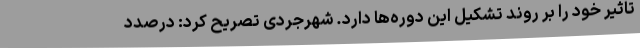
تاثیر خود را بر روند تشکیل این دوره‌ها دارد. شهرجردی تصریح کرد: درصدد